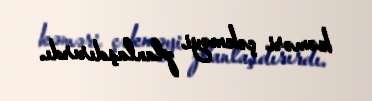
kəməri çəkməyi planlaşdırırdı.